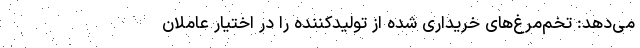
می‌دهد: تخم‌مرغ‌های خریداری شده از تولیدکننده را در اختیار عاملان